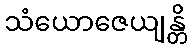
သံယောဇေယျန္တိ